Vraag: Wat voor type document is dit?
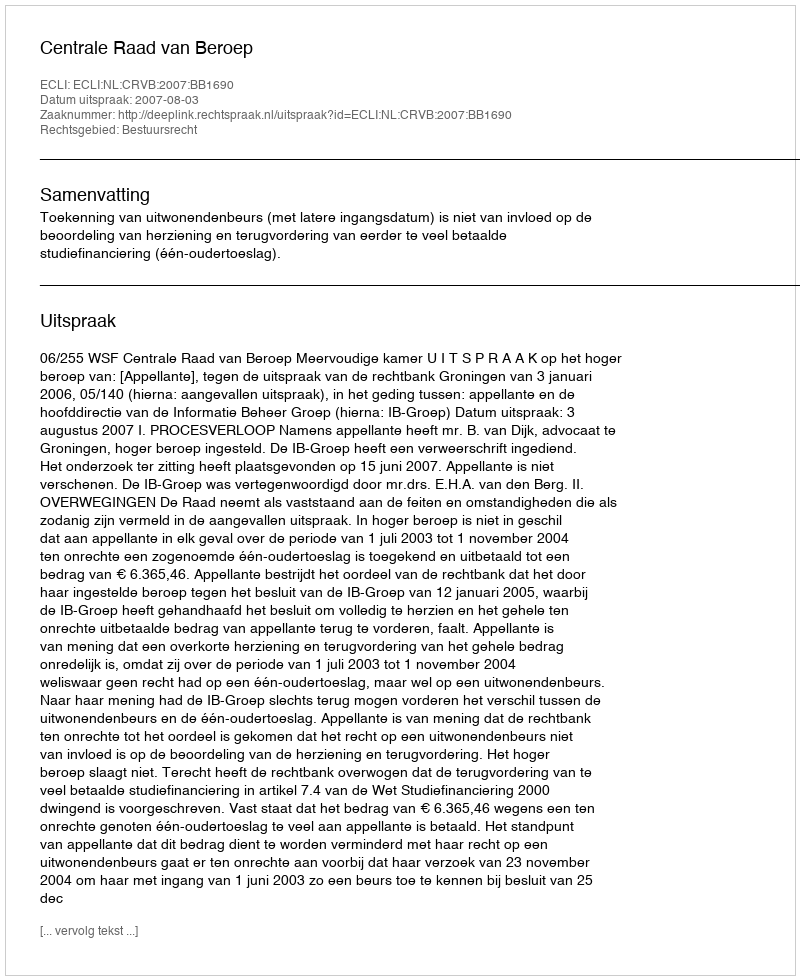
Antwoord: Uitspraak